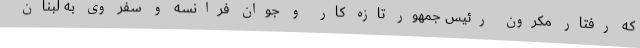
که رفتار مکرون رئیس جمهور تازه کار و جوان فرانسه و سفر وی به لبنان